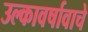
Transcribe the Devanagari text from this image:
उल्कावर्षावाचे